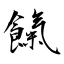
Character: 餼